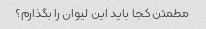
مطمئن کجا باید این لیوان را بگذارم؟